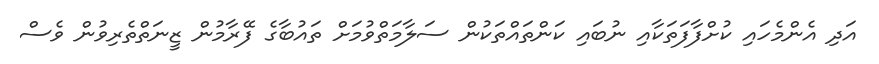
އަދި އެންމެހައި ކުށްފާފަތަކާއި ނުބައި ކަންތައްތަކުން ސަލާމަތްވުމަށް ތައުބާގެ ފޭރާމުން ޒީނަތްތެރިވުން ވެސް